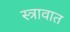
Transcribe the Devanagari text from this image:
स्त्रावात